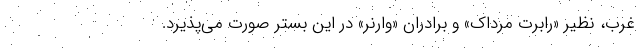
غرب، نظير «رابرت مرداك» و برادران «وارنر» در اين بستر صورت می‌پذیرد.